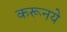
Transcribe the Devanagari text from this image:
करूनये